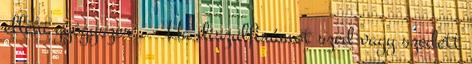
elleni gyógyszer . - Ha diszulfirámot szed vagy szedett